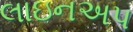
લાઇનઅપ